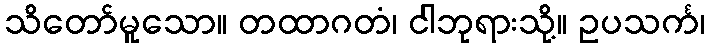
သိတော်မူသော။ တထာဂတံ၊ ငါဘုရားသို့။ ဥပသင်္က၊